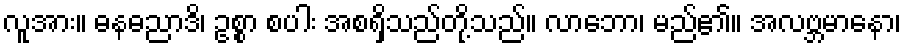
လူအား။ ဓနဓညာဒိ၊ ဥစ္စာ စပါး အစရှိသည်တို့သည်။ လာဘော၊ မည်၏။ အလဗ္ဘမာနော၊